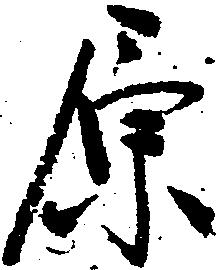
原